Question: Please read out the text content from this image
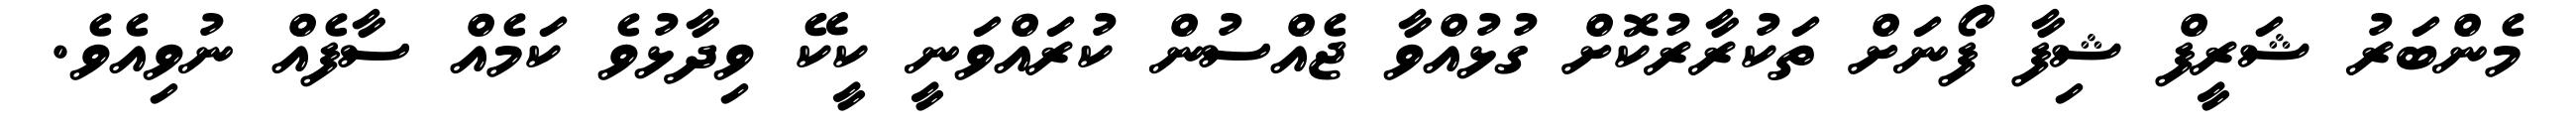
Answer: މެންބަރު ޝަރީފް ޝިފާ ފޯނަށް ތަކުރާރުކޮށް ގުޅުއްވާ ޖެއްސުން ކުރައްވަނީ ކީކޭ ވިދާޅުވެ ކަމެއް ސާފެއް ނުވިއެވެ.